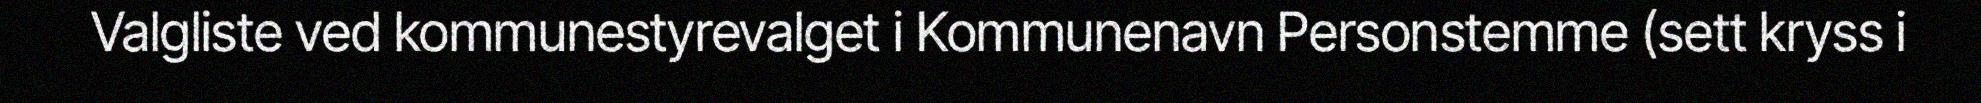
Valgliste ved kommunestyrevalget i Kommunenavn Personstemme (sett kryss i